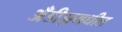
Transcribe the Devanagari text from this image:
अँडीझमधील